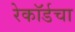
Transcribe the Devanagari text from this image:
रेकॉर्डचा